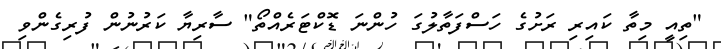
"ތިއީ މިތާ ކައިރި ރަށުގެ ހަސްފަތާލުގަ ހުންނަ ޑޮކްޓަރެއްތޯ" ސާރިޔާ ކަރުނުން ފުރިގެންވި